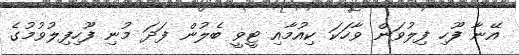
އޭނާ ފޫހި ފިލުވަން ވާހަކަ ކިއުމާއި ޓީވީ ބެލުން ފަދަ މުނި ފޫހިފިލުވުމުގެ